Rangoon Lunatic Asylum 1898-1906 - 1898-1906
Year: 1898
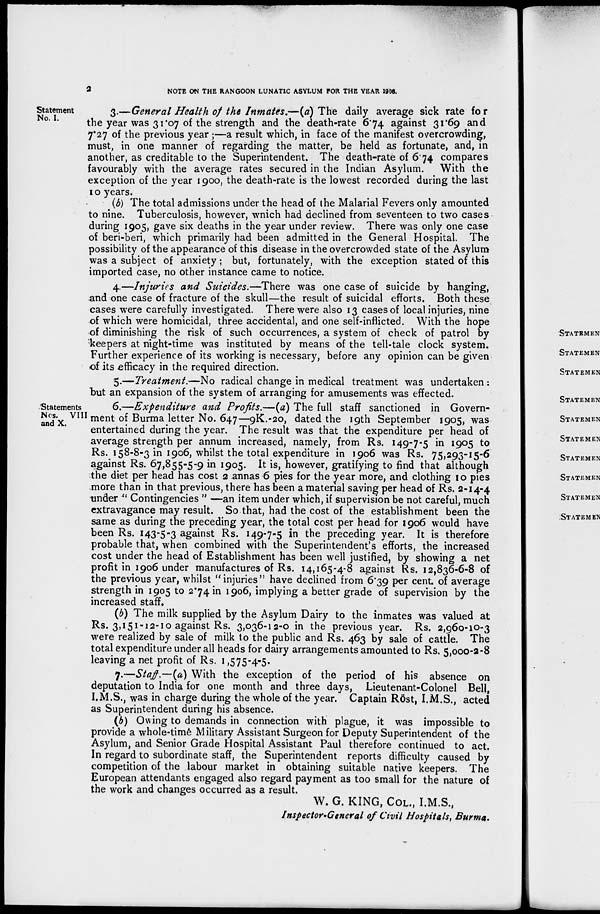
2
NOTE ON THE RANGOON LUNATIC ASYLUM FOR THE YEAR 1906.
Statement
No. I.
3.—General Health of the Inmates.—(a) The daily average sick rate for
the year was 31.07 of the strength and the death-rate 6.74 against 31.69 and
7.27 of the previous year ;—a result which, in face of the manifest overcrowding,
must, in one manner of regarding the matter, be held as fortunate, and, in
another, as creditable to the Superintendent. The death-rate of 6.74 compares
favourably with the average rates secured in the Indian Asylum. With the
exception of the year 1900, the death-rate is the lowest recorded during the last
10 years.
(b) The total admissions under the head of the Malarial Fevers only amounted
to nine. Tuberculosis, however, which had declined from seventeen to two cases
during 1905, gave six deaths in the year under review. There was only one case
of beri-beri, which primarily had been admitted in the General Hospital. The
possibility of the appearance of this disease in the overcrowded state of the Asylum
was a subject of anxiety; but, fortunately, with the exception stated of this
imported case, no other instance came to notice.
4.—Injuries and Suicides.—There was one case of suicide by hanging,
and one case of fracture of the skull—the result of suicidal efforts. Both these
cases were carefully investigated. There were also 13 cases of local injuries, nine
of which were homicidal, three accidental, and one self-inflicted. With the hope
of diminishing the risk of such occurrences, a system of check of patrol by
keepers at night-time was instituted by means of the tell-tale clock system.
Further experience of its working is necessary, before any opinion can be given
of its efficacy in the required direction.
5.—Treatment.—No radical change in medical treatment was undertaken :
but an expansion of the system of arranging for amusements was effected.
Statements
Nos. VIII
and X.
6.—Expenditure and Profits.—(a) The full staff sanctioned in Govern-
ment of Burma letter No. 647—9K.-20, dated the 19th September 1905, was
entertained during the year. The result was that the expenditure per head of
average strength per annum increased, namely, from Rs. 149-7-5 in 1905 to
Rs. 158-8-3 in 1906, whilst the total expenditure in 1906 was Rs. 75,293-15-6
against Rs. 67,855-5-9 in 1905. It is, however, gratifying to find that although
the diet per head has cost 2 annas 6 pies for the year more, and clothing 10 pies
more than in that previous, there has been a material saving per head of Rs. 2-14-4
under " Contingencies " —an item under which, if supervision be not careful, much
extravagance may result. So that, had the cost of the establishment been the
same as during the preceding year, the total cost per head for 1906 would have
been Rs. 143-5-3 against Rs. 149-7-5 in the preceding year. It is therefore
probable that, when combined with the Superintendent's efforts, the increased
cost under the head of Establishment has been well justified, by showing a net
profit in 1906 under manufactures of Rs. 14,165-4-8 against Rs. 12,836-6-8 of
the previous year, whilst "injuries" have declined from 6.39 per cent of average
strength in 1905 to 2.74 in 1906, implying a better grade of supervision by the
increased staff.
(b) The milk supplied by the Asylum Dairy to the inmates was valued at
Rs. 3,151-12-10 against Rs. 3,036-12-0 in the previous year. Rs. 2,960-10-3
were realized by sale of milk to the public and Rs. 463 by sale of cattle. The
total expenditure under all heads for dairy arrangements amounted to Rs. 5,000-2-8
leaving a net profit of Rs. 1,575-4-5.
7.—Staff.—(a) With the exception of the period of his absence on
deputation to India for one month and three days, Lieutenant-Colonel Bell,
I.M.S., was in charge during the whole of the year. Captain Röst, I.M.S., acted
as Superintendent during his absence.
(b) Owing to demands in connection with plague, it was impossible to
provide a whole-time Military Assistant Surgeon for Deputy Superintendent of the
Asylum, and Senior Grade Hospital Assistant Paul therefore continued to act.
In regard to subordinate staff, the Superintendent reports difficulty caused by
competition of the labour market in obtaining suitable native keepers. The
European attendants engaged also regard payment as too small for the nature of
the work and changes occurred as a result.
W. G. KING, COL., I.M.S.,
Inspector-General of Civil Hospitals, Burma.